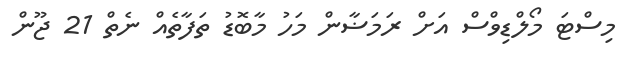
މިސްޓަ މޯލްޑިވްސް އަށް ރަމަޟާން މަހު މާބޮޑު ތަފާތެއް ނެތް 21 ޖޫން